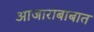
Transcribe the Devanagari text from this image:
आजाराबाबात